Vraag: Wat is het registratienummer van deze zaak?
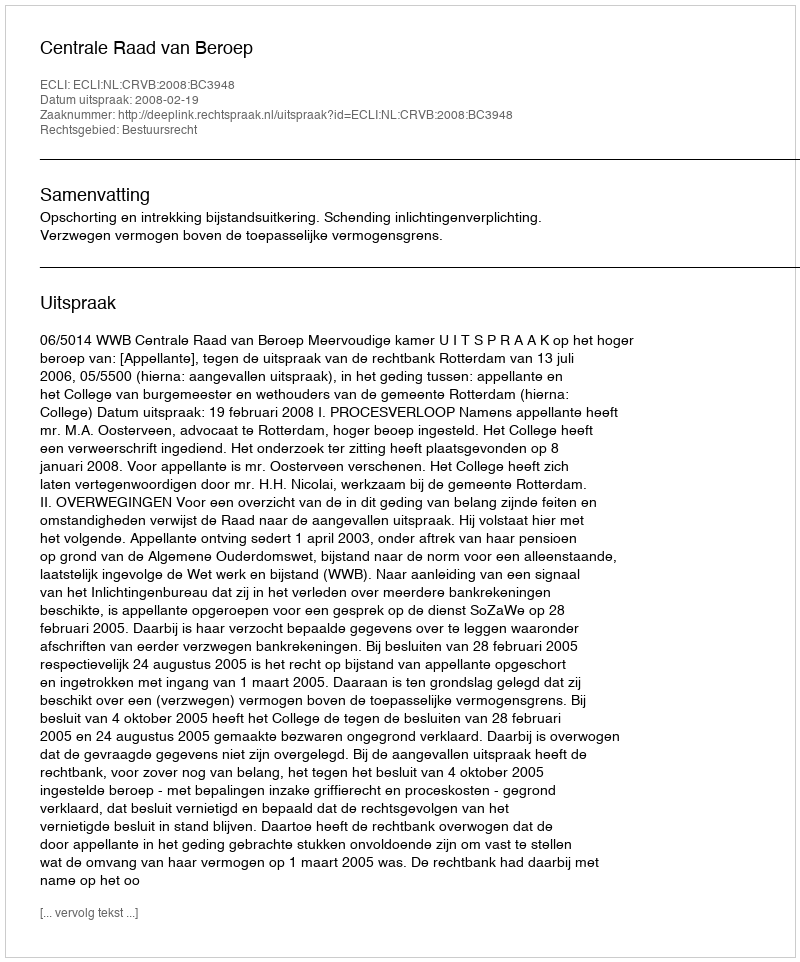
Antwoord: http://deeplink.rechtspraak.nl/uitspraak?id=ECLI:NL:CRVB:2008:BC3948